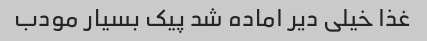
غذا خیلی دیر اماده شد پیک بسیار مودب